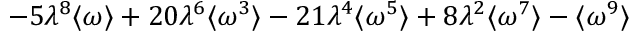
- 5 \lambda ^ { 8 } \langle \omega \rangle + 2 0 \lambda ^ { 6 } \langle \omega ^ { 3 } \rangle - 2 1 \lambda ^ { 4 } \langle \omega ^ { 5 } \rangle + 8 \lambda ^ { 2 } \langle \omega ^ { 7 } \rangle - \langle \omega ^ { 9 } \rangle